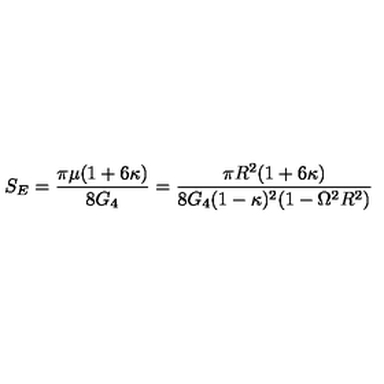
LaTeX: S _ { E } = \frac { \pi \mu ( 1 + 6 \kappa ) } { 8 G _ { 4 } } = \frac { \pi R ^ { 2 } ( 1 + 6 \kappa ) } { 8 G _ { 4 } ( 1 - \kappa ) ^ { 2 } ( 1 - \Omega ^ { 2 } R ^ { 2 } ) }